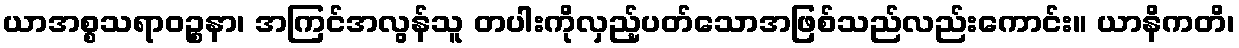
ယာအစ္စသရာဝဉ္စနာ၊ အကြင်အလွန်သူ တပါးကိုလှည့်ပတ်သောအဖြစ်သည်လည်းကောင်း။ ယာနိကတိ၊